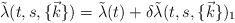
LaTeX: \begin{align*}\tilde {\lambda} (t,s, \{\vec{k}\})= \tilde{\lambda} (t) + \delta \tilde{\lambda} (t,s,\{\vec{k}\})_1\end{align*}